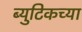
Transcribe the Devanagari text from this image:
ब्युटिकच्या